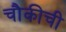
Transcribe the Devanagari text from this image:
चौकीची